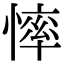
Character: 𢟳